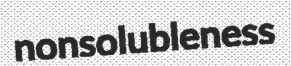
nonsolubleness